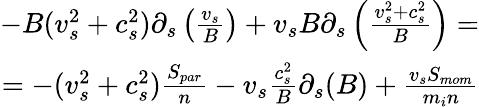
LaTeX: \begin{array}{r}{-B(v_{s}^{2}+c_{s}^{2})\partial_{s}\left(\frac{v_{s}}{B}\right)+v_{s}B\partial_{s}\left(\frac{v_{s}^{2}+c_{s}^{2}}{B}\right)=}\\ {=-(v_{s}^{2}+c_{s}^{2})\frac{S_{par}}{n}-v_{s}\frac{c_{s}^{2}}{B}\partial_{s}(B)+\frac{v_{s}S_{mom}}{m_{i}n}}\end{array}